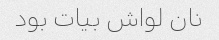
نان لواش بیات بود